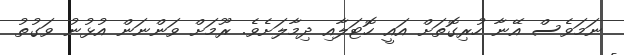
ނަމަވެސް އޭނާ ހުރިގޮތަށް އައީ ހޮޓަލާއި ދިމާލަށެވެ. ރޫމަށް ވަންނަން އުޅުނު ވަގުތު